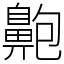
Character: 䶌